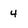
Character: 4